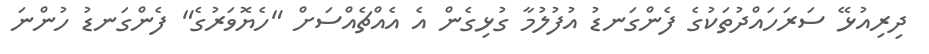
ދިރިއުޅޭ ސަރަހައްދުތަކުގެ ފެންގަނޑު އުފުލުމާ ގުޅިގެން އެ އެއްޗެއްސަށް "ހެޔޮވަރުގެ" ފެންގަނޑު ހުންނަ